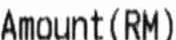
AMOUNT (RM)